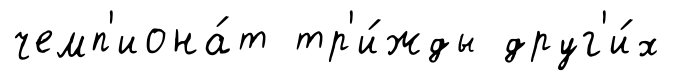
чемп'иона́т тр'и́жды друг'и́х